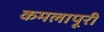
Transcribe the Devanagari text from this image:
कमलापूरी